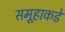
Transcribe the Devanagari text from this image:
समूहाकडे